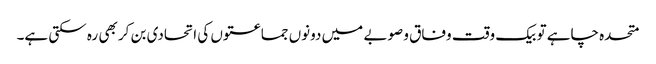
متحدہ چاہے تو بیک وقت وفاق و صوبے میں دونوں جماعتوں کی اتحادی بن کر بھی رہ سکتی ہے۔